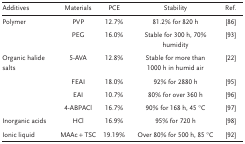
| Additives | Materials | PCE | Stability | Ref. |
 | --- | --- | --- | --- | --- |
 | Polymer | PVP | 12.7% | 81.2% for 820 h | 86 |
 |  | PEG | 16.0% | Stable for 300 h, 70% humidity | 93 |
 | Organic halide salts | 5‐AVA | 12.8% | Stable for more than 1000 h in humid air | 22 |
 |  | FEAI | 18.0% | 92% for 2880 h | 95 |
 |  | EAI | 10.7% | 80% for over 360 h | 96 |
 |  | 4‐ABPACl | 16.7% | 90% for 168 h, 45 °C | 97 |
 | Inorganic acids | HCl | 16.9% | 95% for 720 h | 98 |
 | Ionic liquid | MAAc + TSC | 19.19% | Over 80% for 500 h, 85 °C | 92 |